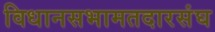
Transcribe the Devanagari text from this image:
विधानसभामतदारसंघ